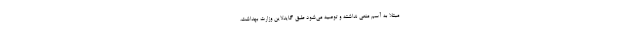
مبتلا به آسم منعی نداشته و توصیه می‌شود طبق گایدلاین وزارت بهداشت،